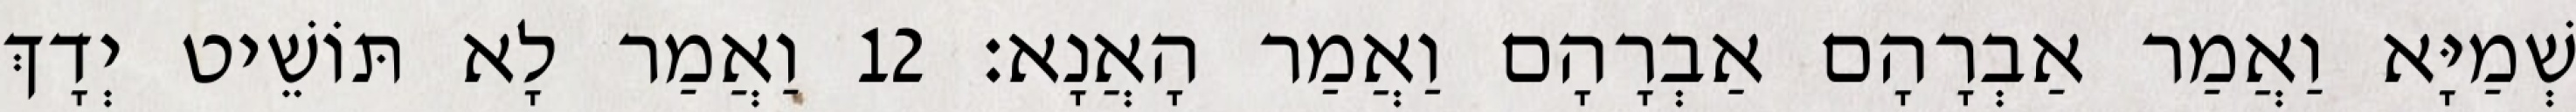
שְׁמַיָּא וַאֲמַר אַבְרָהָם אַבְרָהָם וַאֲמַר הָאֲנָא׃ 12 וַאֲמַר לָא תּוֹשֵׁיט יְדָךְ